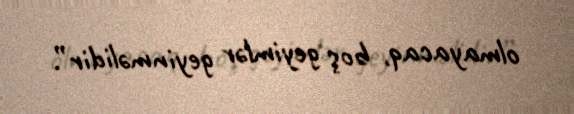
olmayacaq, boş geyimlər geyinməlidir”.